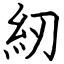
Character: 紉